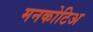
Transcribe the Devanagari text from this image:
मनकोटिअ